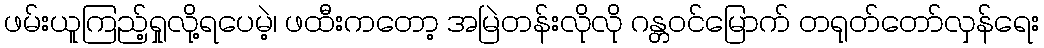
ဖမ်းယူကြည့်ရှုလို့ရပေမဲ့၊ ဖထီးကတော့ အမြဲတန်းလိုလို ဂန္တဝင်မြောက် တရုတ်တော်လှန်ရေး